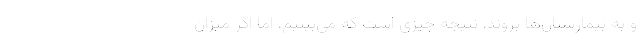
و به بیمارستان‌ها بروند، نتیجه چیزی است که می‌بینیم، اما اگر میزان